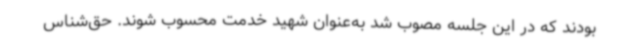
بودند که در این جلسه مصوب شد به‌عنوان شهید خدمت محسوب شوند. حق‌شناس